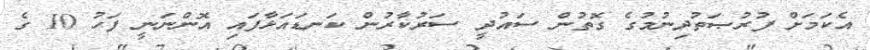
އެކަމަށް ފުރުޞަތުދިނުމުގެ ގޮތުން ސައުދީ ސަރުކާރުން ކަނޑައަޅާފައި އޮންނަނީ ފަހު 10 ގެ